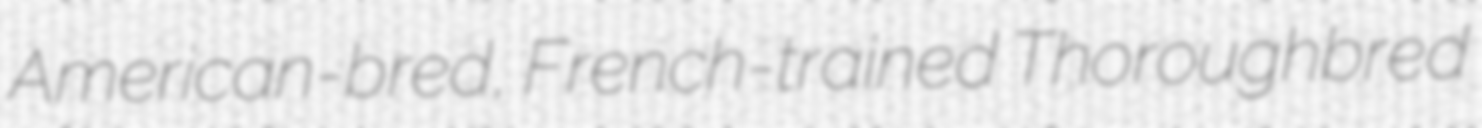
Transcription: American-bred, French-trained Thoroughbred